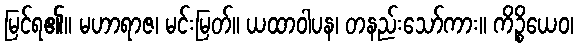
မြင်ရ၏။ မဟာရာဇ၊ မင်းမြတ်။ ယထာဝါပန၊ တနည်းသော်ကား။ ကိဉ္စိယေဝ၊